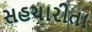
સહચારીતા